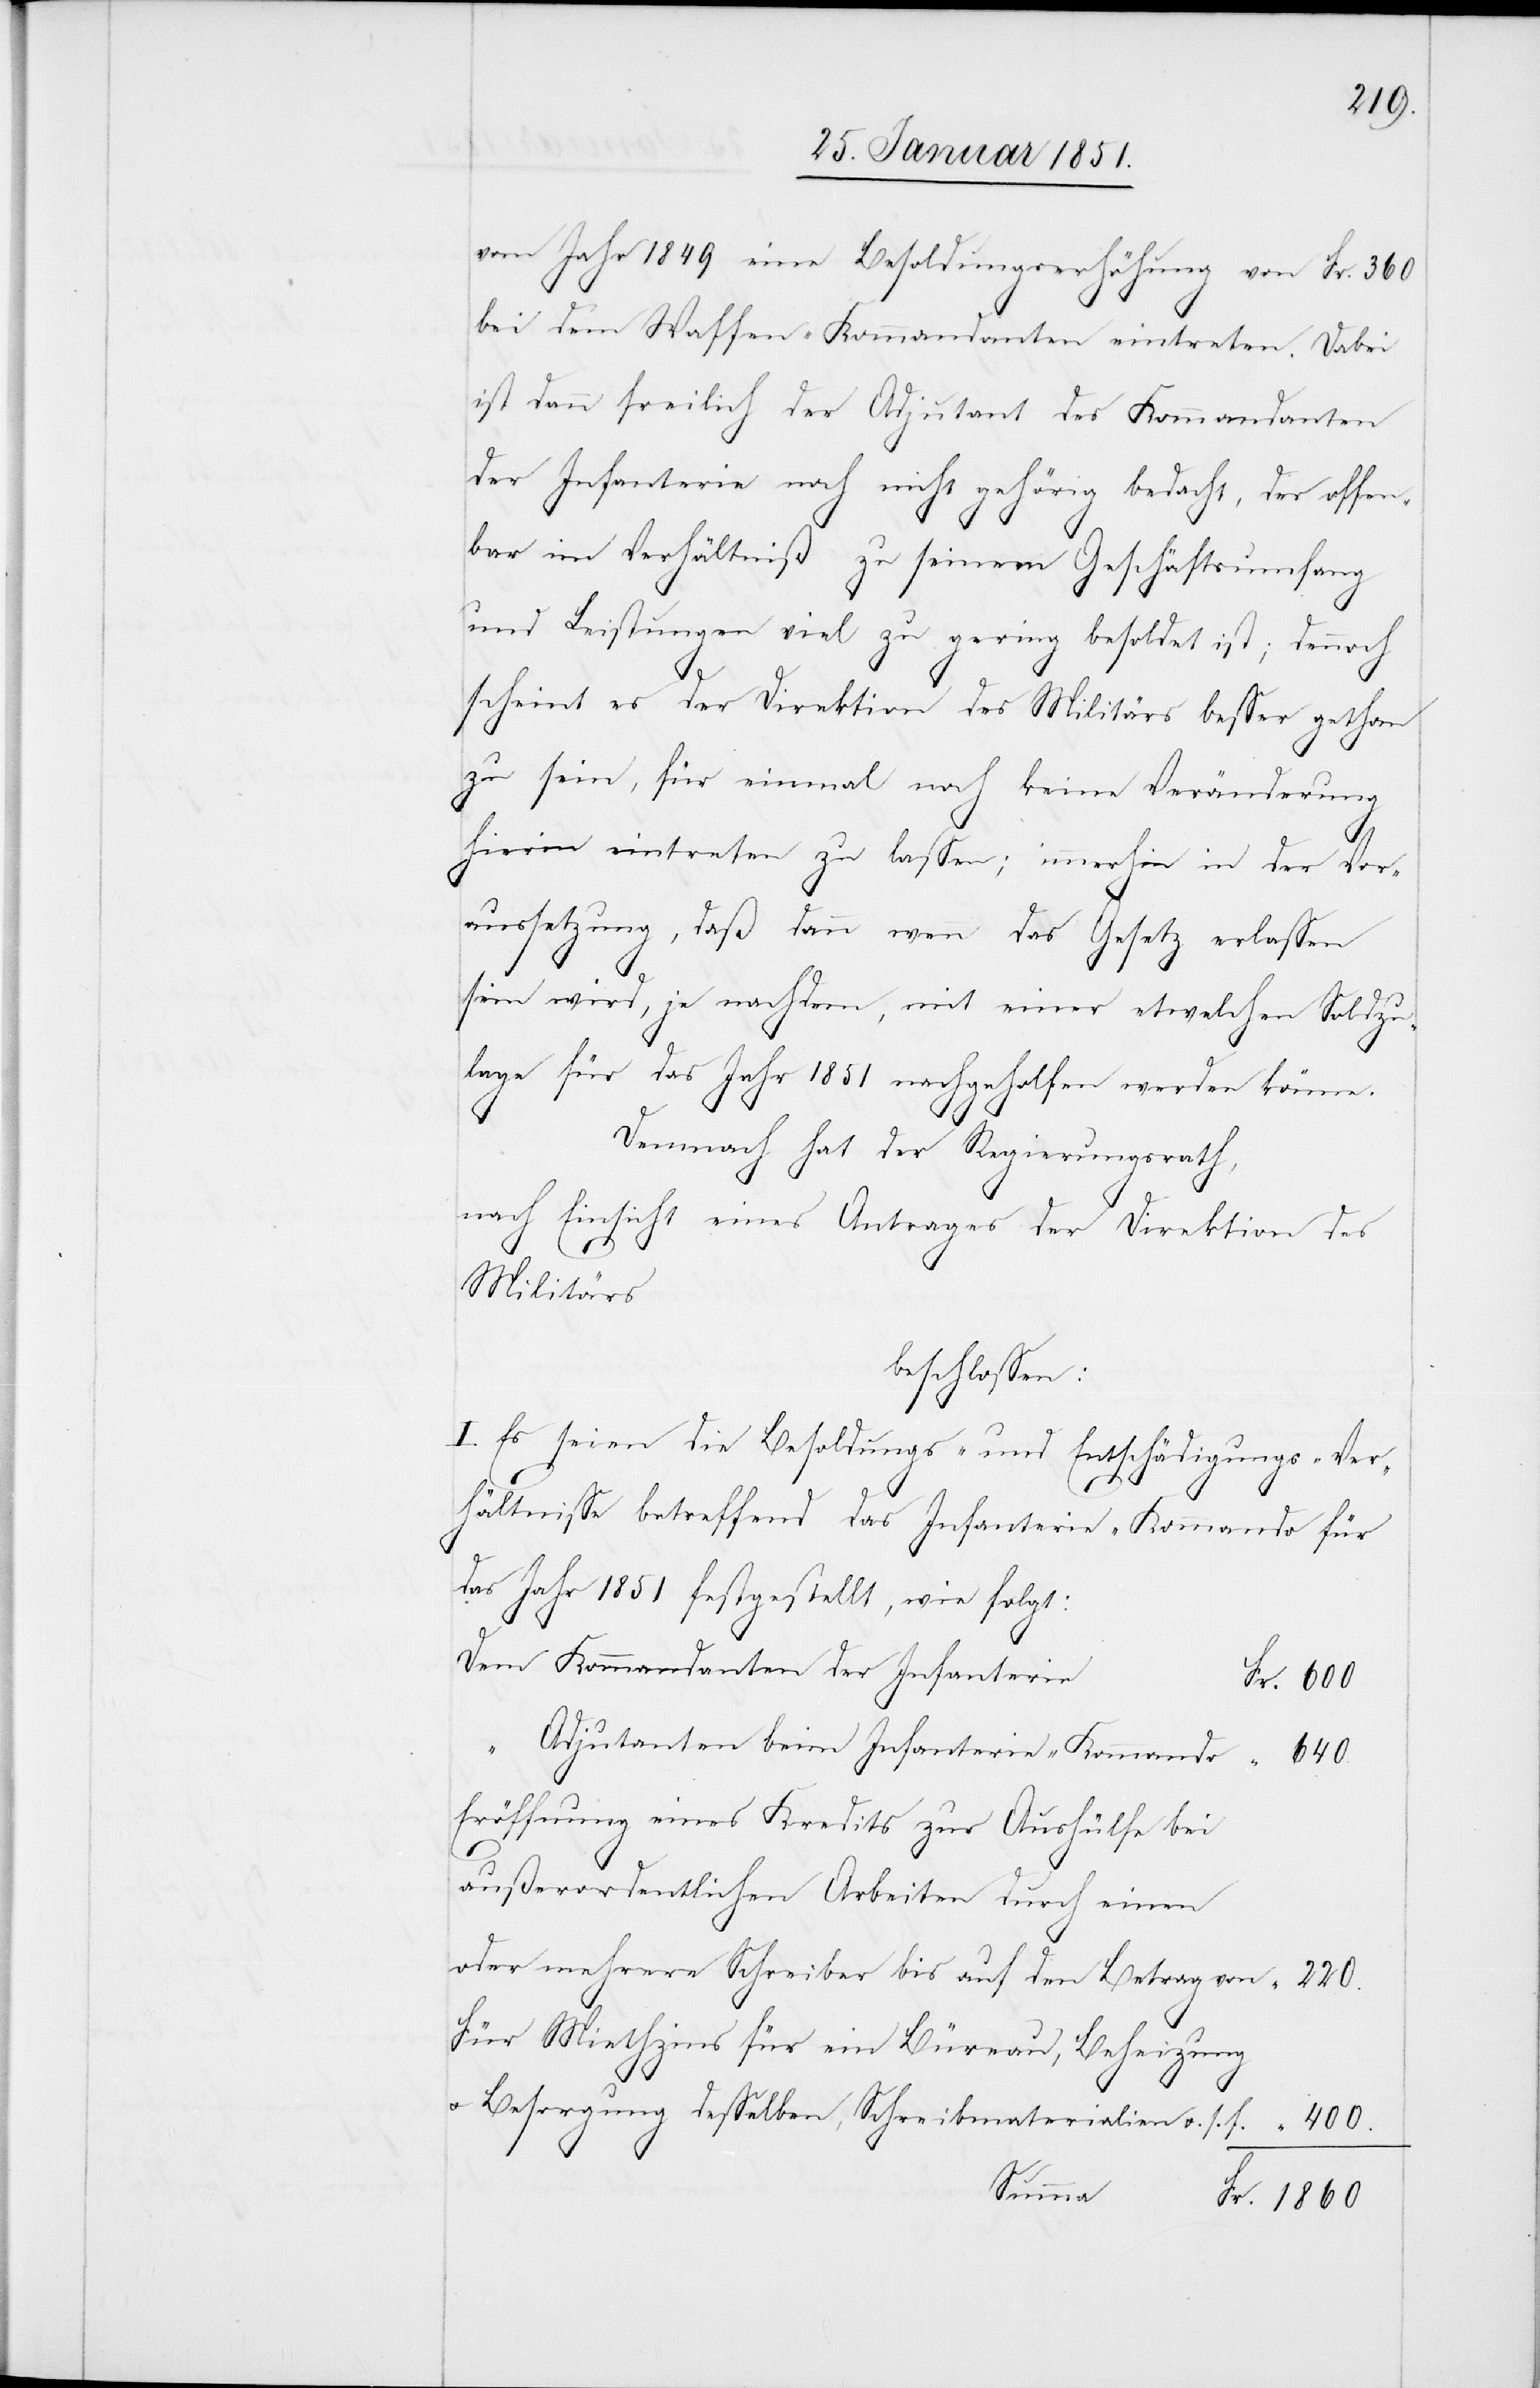
400.
vom Jahr 1849 eine Besoldungserhöhung von Fr. 360
bei dem Waffen-Kommandanten eintreten. Dabei
ist dann freilich der Adjutant des Kommandanten
der Infanterie noch nicht gehörig bedacht, der offen¬
“
bar im Verhältniß zu seinem Geschäftsumfang
und Leistungen viel zu gering besoldet ist; dennoch
scheint es der Direktion des Militärs besser gethan
zu sein, für einmal noch keine Veränderung
hierin eintreten zu lassen; immerhin in der Vor¬
aussetzung, daß dann wenn das Gesetz erlassen
sein wird, je nachdem, mit einer etwelchen Soldzu¬
lage für das Jahr 1851 nachgeholfen werden könne.
Demnach hat der Regierungsrath,
nach Einsicht eines Antrages der Direktion des
Fr.
Militärs
beschlossen:
I. Es seien die Besoldungs- und Entschädigungs-Ver¬
hältnisse betreffend das Infanterie-Kommando für
das Jahr 1851 festgestellt, wie folgt:
Dem Kommandanten der Infanterie
Adjutanten beim Infanterie-Kommando
Eröffnung eines Kredits zur Aushülfe bei
außerordentlichen Arbeiten durch einen
oder mehrere Schreiber bis auf den Betrag von
Für Miethzins für ein Büreau, Beheizung
u. Besorgung desselben, Schreibmaterialien u. s. f.
Summa